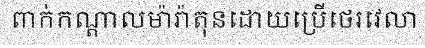
ពាក់កណ្តាលម៉ារ៉ាតុនដោយប្រើថេរវេលា